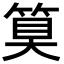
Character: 𮅕